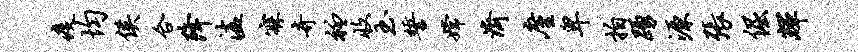
疫均侯合降溘寐奇衽收玉誓嫦济廑卑拍踊源张倔辉